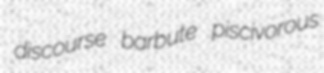
discourse barbute piscivorous